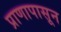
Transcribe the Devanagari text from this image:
प्राणापासून